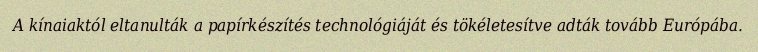
A kínaiaktól eltanulták a papírkészítés technológiáját és tökéletesítve adták tovább Európába.